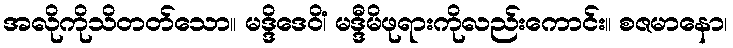
အလိုကိုသိတတ်သော။ မဒ္ဒိဒေဝိံ၊ မဒ္ဒီမိဖုရားကိုလည်းကောင်း။ စဇမာနော၊